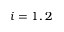
i = 1 , 2